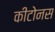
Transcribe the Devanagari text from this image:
कीटोनस